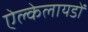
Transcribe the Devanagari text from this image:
ऐल्केलायडों